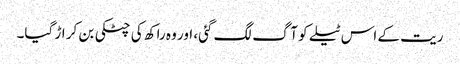
ریت کے اس ٹیلے کو آگ لگ گئی، اور وہ راکھ کی چٹکی بن کر اڑ گیا۔